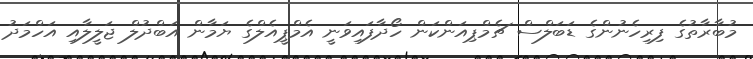
މުބާރާތުގެ ފިރިހެނުންގެ ޑަބަލްސް ޗެމްޕިއަންކަން ހޯދާފައިވަނީ އެމްޕީއެލްގެ ޔަމާން އަބްދުލް ޖަލީލާއި އަހްމަދު